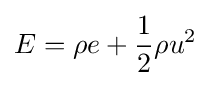
E=\rho e+{\frac {1}{2}}\rho u^{2}